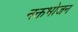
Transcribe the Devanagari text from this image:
नक्तभोजन